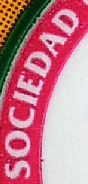
SOCIEDAD